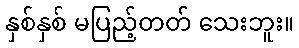
နှစ်နှစ် မပြည့်တတ် သေးဘူး။